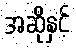
အဆိုနှင့်